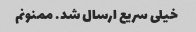
خیلی سریع ارسال شد. ممنونم